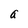
Character: a